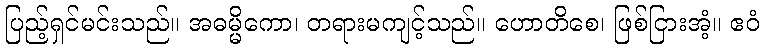
ပြည့်ရှင်မင်းသည်။ အဓမ္မိကော၊ တရားမကျင့်သည်။ ဟောတိစေ၊ ဖြစ်ငြားအံ့။ ဧဝံ